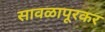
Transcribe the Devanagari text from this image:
सावळापूरकर